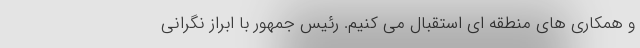
و همکاری های منطقه ای استقبال می کنیم. رئیس جمهور با ابراز نگرانی